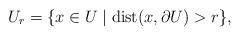
LaTeX: \begin{align*} U_{r}=\{x \in U \mid \textrm{dist}(x,\partial U)>r \},\end{align*}